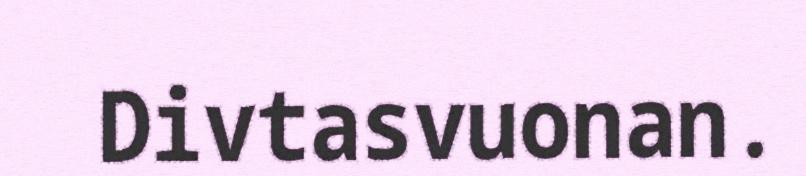
Divtasvuonan.